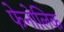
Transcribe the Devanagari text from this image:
फेनोलिक